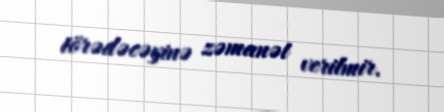
törədəcəyinə zəmanət verilmir.